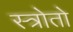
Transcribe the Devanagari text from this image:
स्त्रोतो